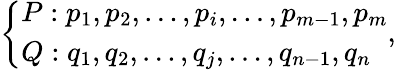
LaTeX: \left\{ \begin{array}{ll}{P:p_{1},p_{2},\dots,p_{i},\dots,p_{m-1},p_{m}}\\ {Q:q_{1},q_{2},\dots,q_{j},\dots,q_{n-1},q_{n}}\end{array}\right.,